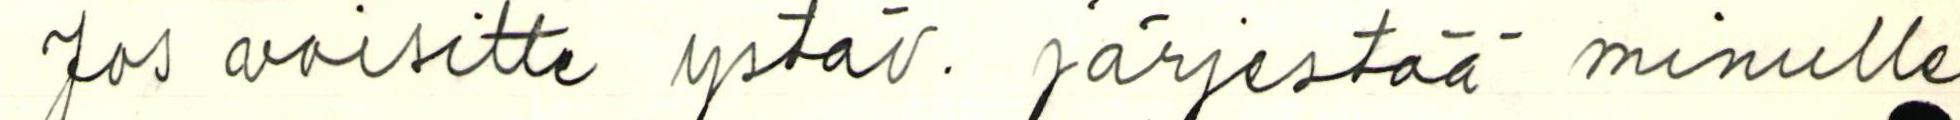
Jos voisitte ystäv. järjestää minulle